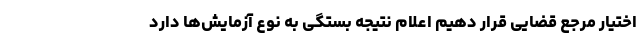
اختیار مرجع قضایی قرار دهیم اعلام نتیجه بستگی به نوع آزمایش‌ها دارد